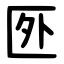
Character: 㔰